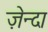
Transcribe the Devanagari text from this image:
ज़ेन्दा